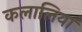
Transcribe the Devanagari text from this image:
कलालिया